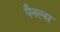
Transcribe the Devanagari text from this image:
पैनल्स